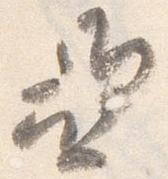
亜